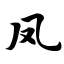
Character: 凤